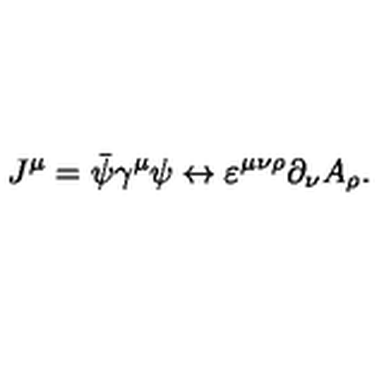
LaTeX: J ^ { \mu } = \bar { \psi } \gamma ^ { \mu } \psi \leftrightarrow \varepsilon ^ { \mu \nu \rho } \partial _ { \nu } A _ { \rho } .